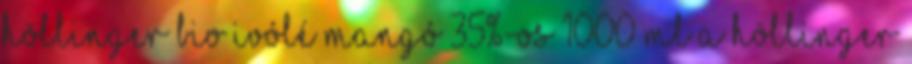
HÖLLINGER bio ivólé Mangó 35%-os 1000 ml A HÖLLINGER